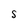
Character: S